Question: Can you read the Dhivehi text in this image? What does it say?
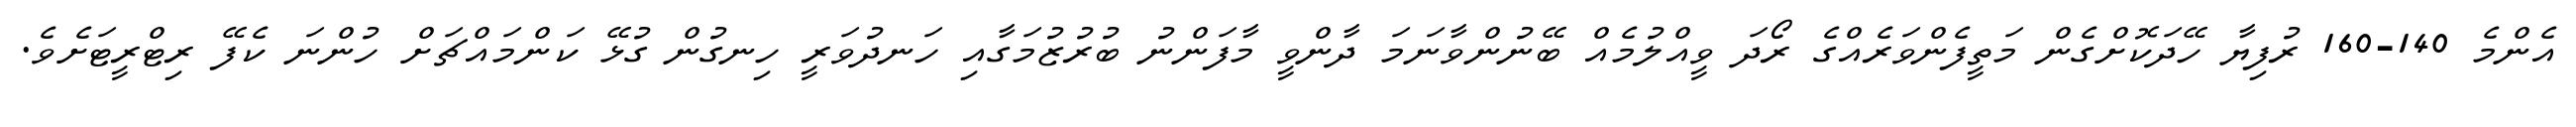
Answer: އެންމެ 140-160 ރުފިޔާ ހޭދަކޮށްގެން މަތީފެންވަރެއްގެ ރޯދަ ވީއްލުމެއް ބޭނުންވާނަމަ ދާންވީ މާފަންނު ބުރުޒުމަގާއި ހަނދުވަރީ ހިނގުން ގުޅޭ ކަންމައްޗަށް ހުންނަ ކެފޭ ރިޓްރީޓަށެވެ.